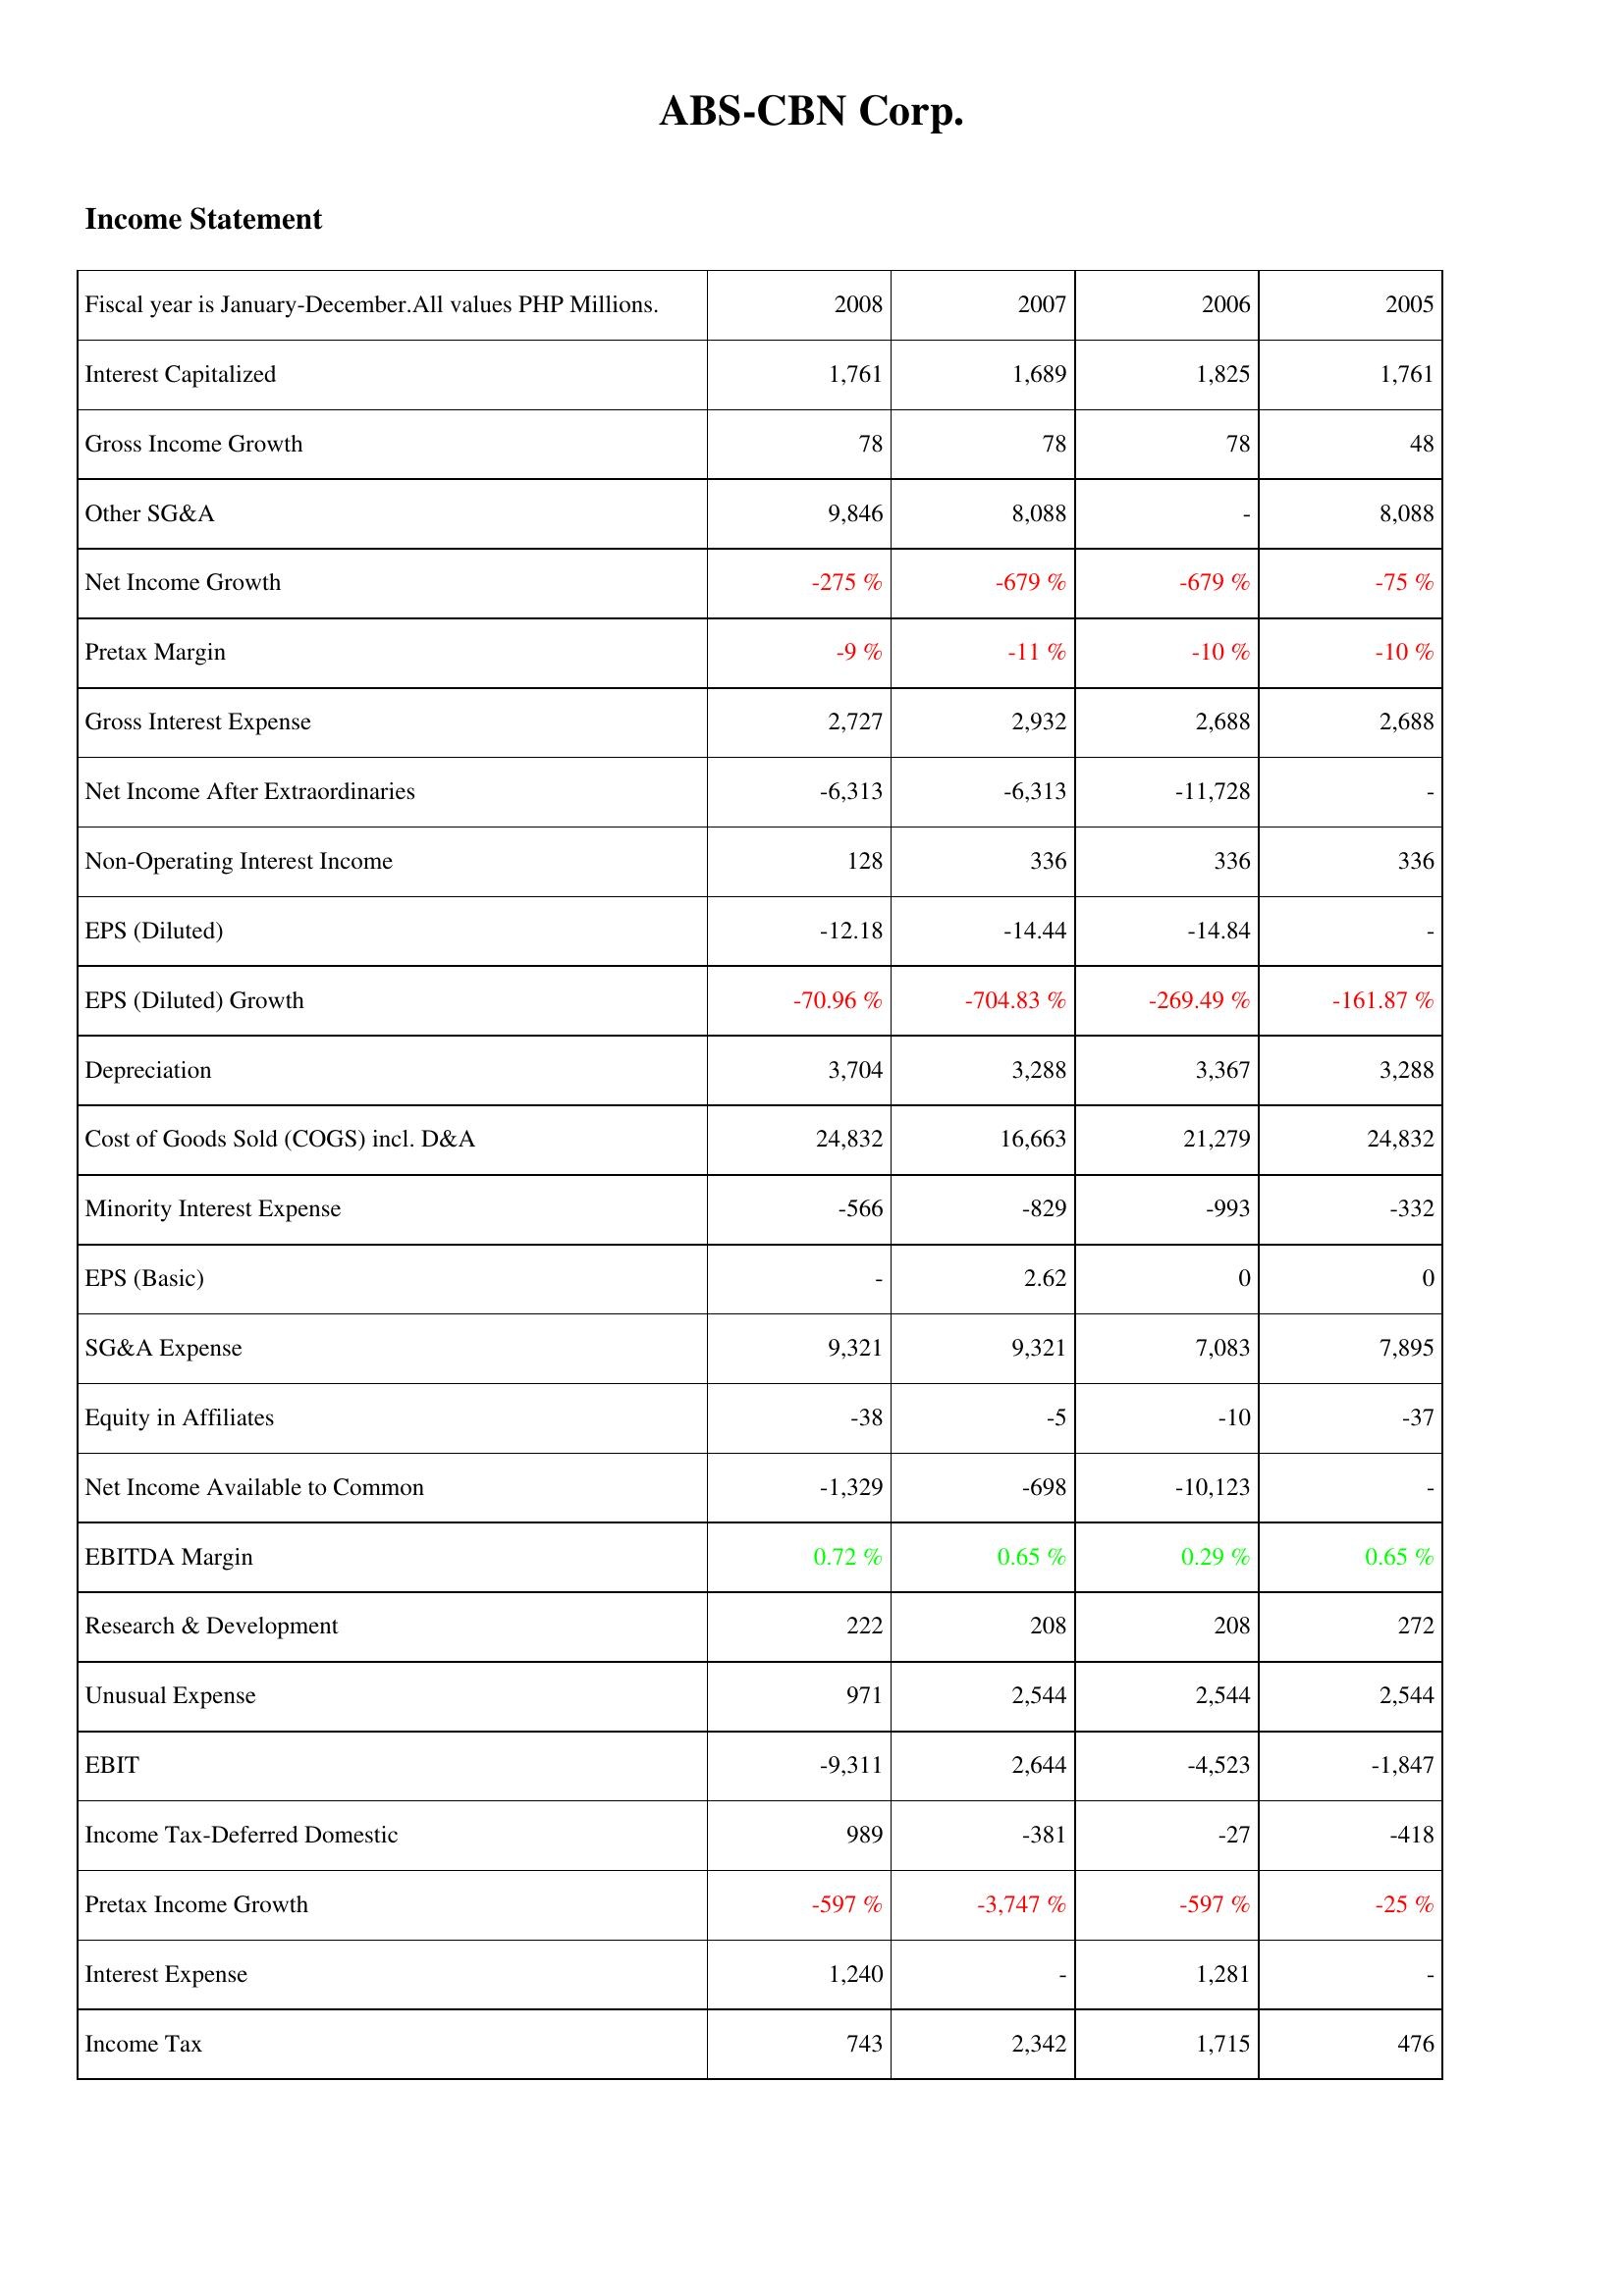
2008: Income Statement: Interest Capitalized: 1,761
Gross Income Growth: 78
Other SG&A: 9,846
Net Income Growth: -275 %
Pretax Margin: -9 %
Gross Interest Expense: 2,727
Net Income After Extraordinaries: -6,313
Non-Operating Interest Income: 128
EPS (Diluted): -12.18
EPS (Diluted) Growth: -70.96 %
Depreciation: 3,704
Cost of Goods Sold (COGS) incl. D&A: 24,832
Minority Interest Expense: -566
EPS (Basic): -
SG&A Expense: 9,321
Equity in Affiliates: -38
Net Income Available to Common: -1,329
EBITDA Margin: 0.72 %
Research & Development: 222
Unusual Expense: 971
EBIT: -9,311
Income Tax-Deferred Domestic: 989
Pretax Income Growth: -597 %
Interest Expense: 1,240
Income Tax: 743
2007: Income Statement: Interest Capitalized: 1,689
Gross Income Growth: 78
Other SG&A: 8,088
Net Income Growth: -679 %
Pretax Margin: -11 %
Gross Interest Expense: 2,932
Net Income After Extraordinaries: -6,313
Non-Operating Interest Income: 336
EPS (Diluted): -14.44
EPS (Diluted) Growth: -704.83 %
Depreciation: 3,288
Cost of Goods Sold (COGS) incl. D&A: 16,663
Minority Interest Expense: -829
EPS (Basic): 2.62
SG&A Expense: 9,321
Equity in Affiliates: -5
Net Income Available to Common: -698
EBITDA Margin: 0.65 %
Research & Development: 208
Unusual Expense: 2,544
EBIT: 2,644
Income Tax-Deferred Domestic: -381
Pretax Income Growth: -3,747 %
Interest Expense: -
Income Tax: 2,342
2006: Income Statement: Interest Capitalized: 1,825
Gross Income Growth: 78
Other SG&A: -
Net Income Growth: -679 %
Pretax Margin: -10 %
Gross Interest Expense: 2,688
Net Income After Extraordinaries: -11,728
Non-Operating Interest Income: 336
EPS (Diluted): -14.84
EPS (Diluted) Growth: -269.49 %
Depreciation: 3,367
Cost of Goods Sold (COGS) incl. D&A: 21,279
Minority Interest Expense: -993
EPS (Basic): 0
SG&A Expense: 7,083
Equity in Affiliates: -10
Net Income Available to Common: -10,123
EBITDA Margin: 0.29 %
Research & Development: 208
Unusual Expense: 2,544
EBIT: -4,523
Income Tax-Deferred Domestic: -27
Pretax Income Growth: -597 %
Interest Expense: 1,281
Income Tax: 1,715
2005: Income Statement: Interest Capitalized: 1,761
Gross Income Growth: 48
Other SG&A: 8,088
Net Income Growth: -75 %
Pretax Margin: -10 %
Gross Interest Expense: 2,688
Net Income After Extraordinaries: -
Non-Operating Interest Income: 336
EPS (Diluted): -
EPS (Diluted) Growth: -161.87 %
Depreciation: 3,288
Cost of Goods Sold (COGS) incl. D&A: 24,832
Minority Interest Expense: -332
EPS (Basic): 0
SG&A Expense: 7,895
Equity in Affiliates: -37
Net Income Available to Common: -
EBITDA Margin: 0.65 %
Research & Development: 272
Unusual Expense: 2,544
EBIT: -1,847
Income Tax-Deferred Domestic: -418
Pretax Income Growth: -25 %
Interest Expense: -
Income Tax: 476